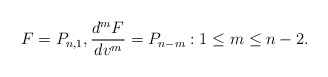
\begin{align*} F=P_{n,1},\frac{d^mF}{dv^m}=P_{n-m}:1\leq m\leq n-2.\end{align*}